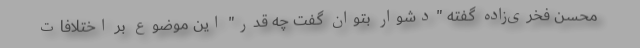
محسن فخری‌زاده گفته "دشوار بتوان گفت چه قدر" این موضوع بر اختلافات